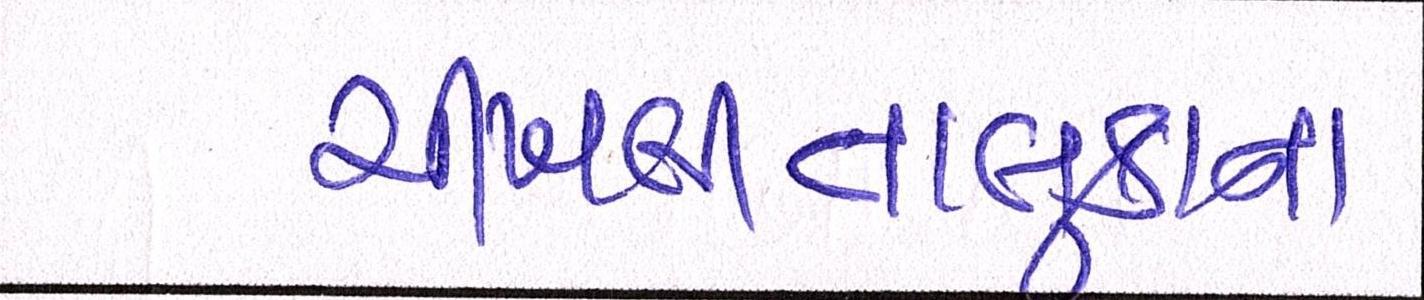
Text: ચીખલીતાલુકાના